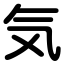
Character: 気